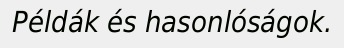
Példák és hasonlóságok.